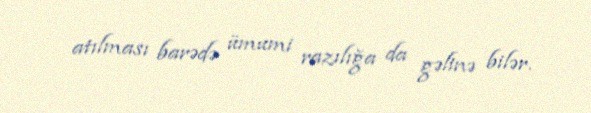
atılması barədə ümumi razılığa da gəlinə bilər.